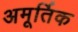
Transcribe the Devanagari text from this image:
अमूर्तिक